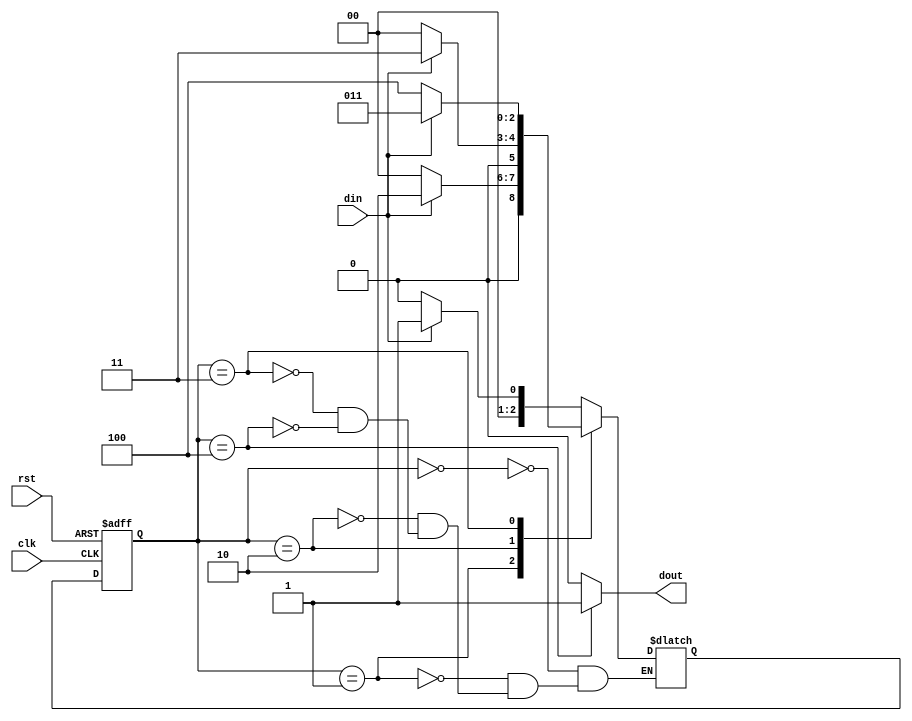
module fsm1(din,dout,rst,clk);
   input din,rst,clk;
   output dout;
   parameter idle=3'b000,s1=3'b001,s11=3'b010,s111=3'b011,s1110=3'b100;
   reg [2:0] cst,nst;
   always @(posedge clk, posedge rst)
    begin
      if(rst)
		   cst<=idle;
	   else
	      cst<=nst;
    end
   always @(cst,din)
    begin
     case(cst)
	  idle:
	  if(din==0)
	    nst<=idle;
	  else
		 nst<=s1;
	  s1:
	  if(din==0)
	    nst<=idle;
	  else
	    nst<=s11;
	  s11:
	  if(din==0)
	    nst<=idle;
	  else
	    nst<=s111;
	  s111:
	  if(din==0)
	    nst<=s1110;
	  else
	    nst<=s111;
	  s1110:
	  if(din==0)
	    nst<=idle;
	  else
	    nst<=s1;
	  endcase
   end
   assign dout=(cst==s1110)?1:0;
endmodule